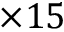
\times { } 1 5